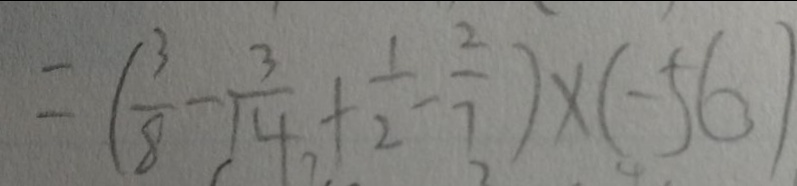
= ( \frac { 3 } { 8 } - \frac { 3 } { 1 4 } + \frac { 1 } { 2 } - \frac { 2 } { 7 } ) \times ( - 5 6 )